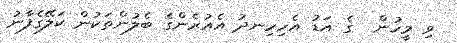
ވި މީހުން  ގެ އަޑު އެހިހިނދު އެއުރެންގެ ބެލުންތަކުން ކަލޭގެފާނު